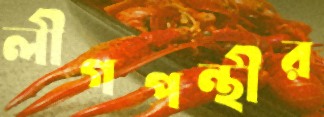
লীগপন্থীর